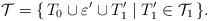
LaTeX: \begin{align*}\mathcal{T}=\{\,T_0\cup \varepsilon' \cup T'_1\mid T'_1 \in \mathcal{T}_1\,\}.\end{align*}